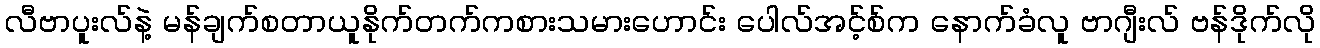
လီဗာပူးလ်နဲ့ မန်ချက်စတာယူနိုက်တက်ကစားသမားဟောင်း ပေါလ်အင့်စ်က နောက်ခံလူ ဗာဂျီးလ် ဗန်ဒိုက်လို